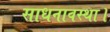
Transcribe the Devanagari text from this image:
साधनावस्था।